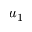
u _ { 1 }